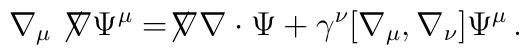
\nabla_\mu \not\!\nabla \Psi^\mu = \not\!\nabla \nabla \cdot \Psi + \gamma^\nu [ \nabla_\mu,\nabla_\nu] \Psi^\mu\,.